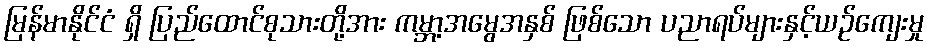
မြန်မာနိုင်ငံ ရှိ ပြည်ထောင်စုသားတို့အား ကမ္ဘာ့အမွေအနှစ် ဖြစ်သော ပညာရပ်များနှင့်ယဉ်ကျေးမှု